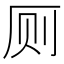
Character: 厕